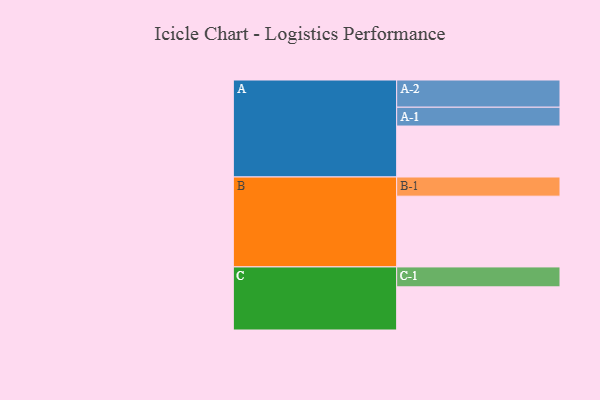
{"axis": {"x": "Segment", "y": "Value"}, "legend": ["", "A", "B", "C"], "data": [{"x": "A", "y": 425, "type": ""}, {"x": "B", "y": 590, "type": ""}, {"x": "C", "y": 360, "type": ""}, {"x": "A-1", "y": 157, "type": "A"}, {"x": "A-2", "y": 227, "type": "A"}, {"x": "B-1", "y": 160, "type": "B"}, {"x": "C-1", "y": 166, "type": "C"}]}